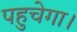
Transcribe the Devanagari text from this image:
पहुचेगा।